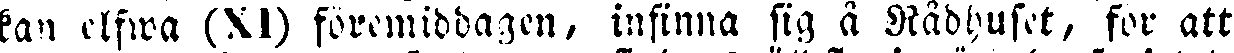
kan elfwa (XI) föremiddagen, infinna sig å Rådhuset, för att